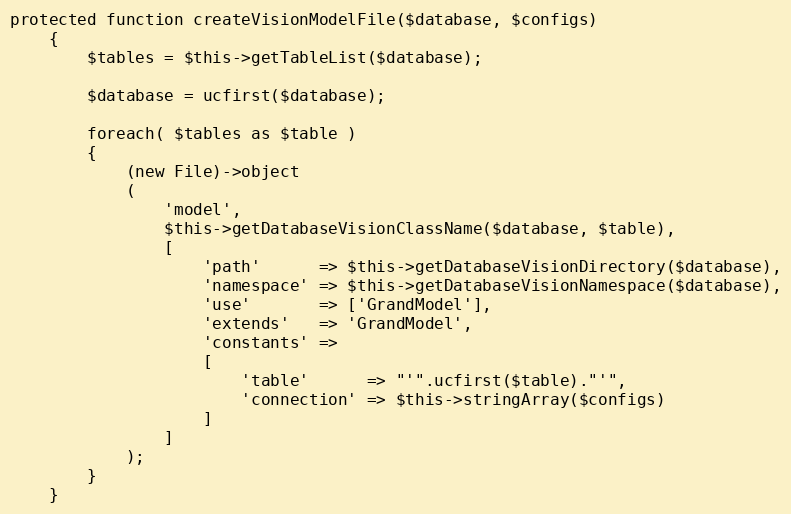
Language: PHP
protected function createVisionModelFile($database, $configs)
    {
        $tables = $this->getTableList($database);

        $database = ucfirst($database);

        foreach( $tables as $table )
        {
            (new File)->object
            (
                'model',
                $this->getDatabaseVisionClassName($database, $table),
                [
                    'path'      => $this->getDatabaseVisionDirectory($database),
                    'namespace' => $this->getDatabaseVisionNamespace($database),
                    'use'       => ['GrandModel'],
                    'extends'   => 'GrandModel',
                    'constants' =>
                    [
                        'table'      => "'".ucfirst($table)."'",
                        'connection' => $this->stringArray($configs)
                    ]
                ]
            );
        }
    }